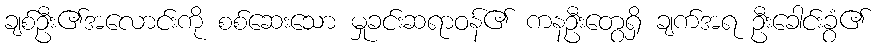
ချစ်ဦး၏အလောင်းကို စစ်ဆေးသော မှုခင်းဆရာဝန်၏ ကနဦးတွေရှိ ချက်အရ ဦးခေါင်းခွံ၏